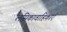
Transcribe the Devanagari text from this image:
लसिकावाहिकाएँ